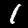
Label: 1